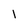
Character: 1